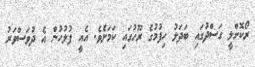
ރޯކޮށްލީ ގަސްދުގައި ބަދަލު ހިފުމުގެ ރޫހުގައި ކަަމަށެވެ. އެއީ ފުލުހުން އެ ދުވަސްވަރު